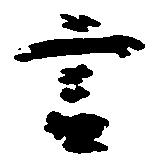
言